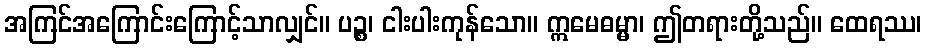
အကြင်အကြောင်းကြောင့်သာလျှင်။ ပဉ္စ၊ ငါးပါးကုန်သော။ ဣမေဓမ္မာ၊ ဤတရားတို့သည်။ ထေရဿ၊